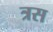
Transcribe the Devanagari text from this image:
त्रस